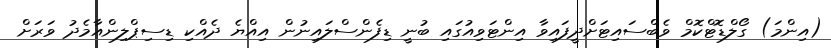
(އިންމަ) ގޯލްޑޮޓްކޮމް ވެބްސައިޓަށްދީފައިވާ އިންޓަވިއުގައި ބުނީ ޑިފެންސްލައިނުން އިއްޔެ ދެއްކި ޑިސިޕްލިންއާމެދު ވަރަށް